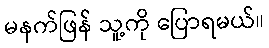
မနက်ဖြန် သူ့ကို ပြောရမယ်။